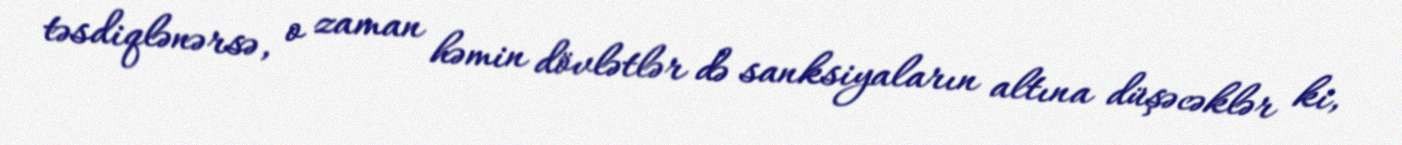
təsdiqlənərsə, o zaman həmin dövlətlər də sanksiyaların altına düşəcəklər ki,